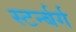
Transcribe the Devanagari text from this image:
स्टर्न्बर्ग